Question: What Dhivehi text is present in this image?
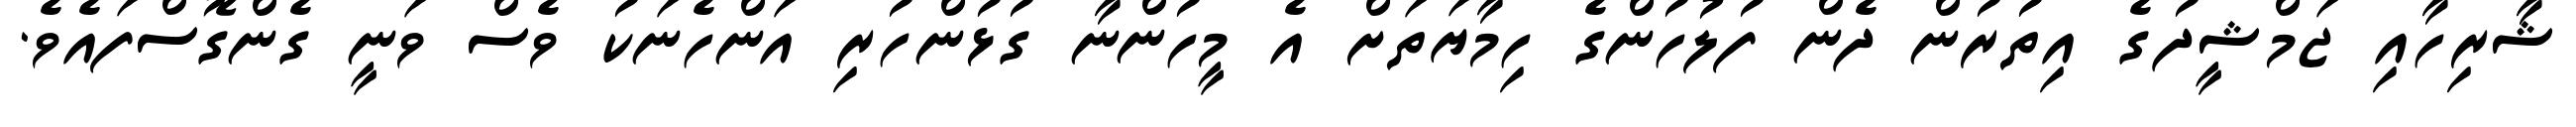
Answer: ޝާރިހާއި ޖަމްޝީދުގެ އިތުރުން ދެން ފުލުހުންގެ ހިމާޔަތަށް އެ މީހުންނާ ގުޅުންހުރި އަންހެނަކު ވެސް ވަނީ ގެންގޮސްފައެވެ.